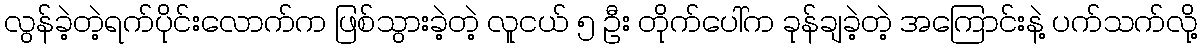
လွန်ခဲ့တဲ့ရက်ပိုင်းလောက်က ဖြစ်သွားခဲ့တဲ့ လူငယ် ၅ ဦး တိုက်ပေါ်က ခုန်ချခဲ့တဲ့ အကြောင်းနဲ့ ပက်သက်လို့